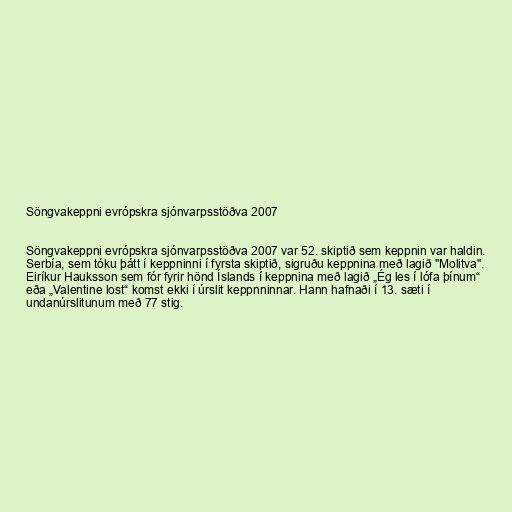
Söngvakeppni evrópskra sjónvarpsstöðva 2007

Söngvakeppni evrópskra sjónvarpsstöðva 2007 var 52. skiptið sem keppnin var haldin.
Serbía, sem tóku þátt í keppninni í fyrsta skiptið, sigruðu keppnina með lagið "Molitva".
Eiríkur Hauksson sem fór fyrir hönd Íslands í keppnina með lagið „Ég les í lófa þínum“
eða „Valentine lost“ komst ekki í úrslit keppnninnar. Hann hafnaði í 13. sæti í
undanúrslitunum með 77 stig.